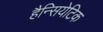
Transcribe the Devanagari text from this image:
हैन्सियेटिक